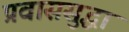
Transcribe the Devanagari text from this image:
प्रवाससुद्धा